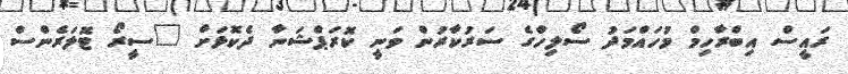
ރައީސް އިބްރާހިމް މުހައްމަދު ސޯލިހްގެ ސަރުކާރުން ވަނީ ކޮރަޕްޝަނާ ދެކޮޅަށް "ސީރޯ ޓޮލަރެންސް